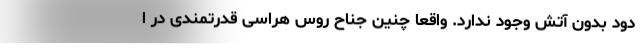
دود بدون آتش وجود ندارد. واقعاً چنین جناح روس هراسی قدرتمندی در ا